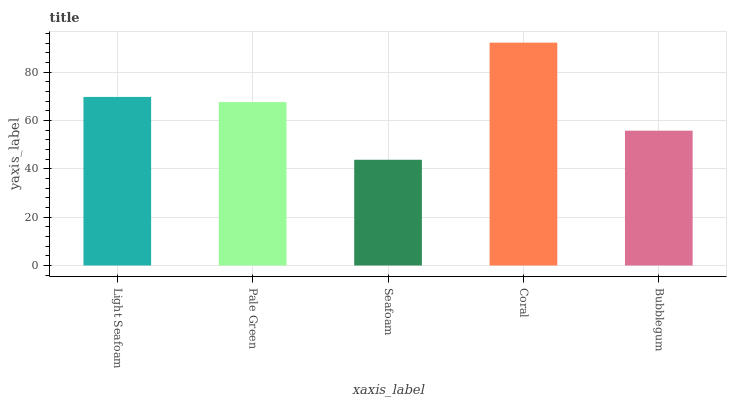
| xaxis_label | bars |
 | --- | --- |
 | Light Seafoam | 69.8 |
 | Pale Green | 67.7 |
 | Seafoam | 43.8 |
 | Coral | 92.3 |
 | Bubblegum | 55.8 |